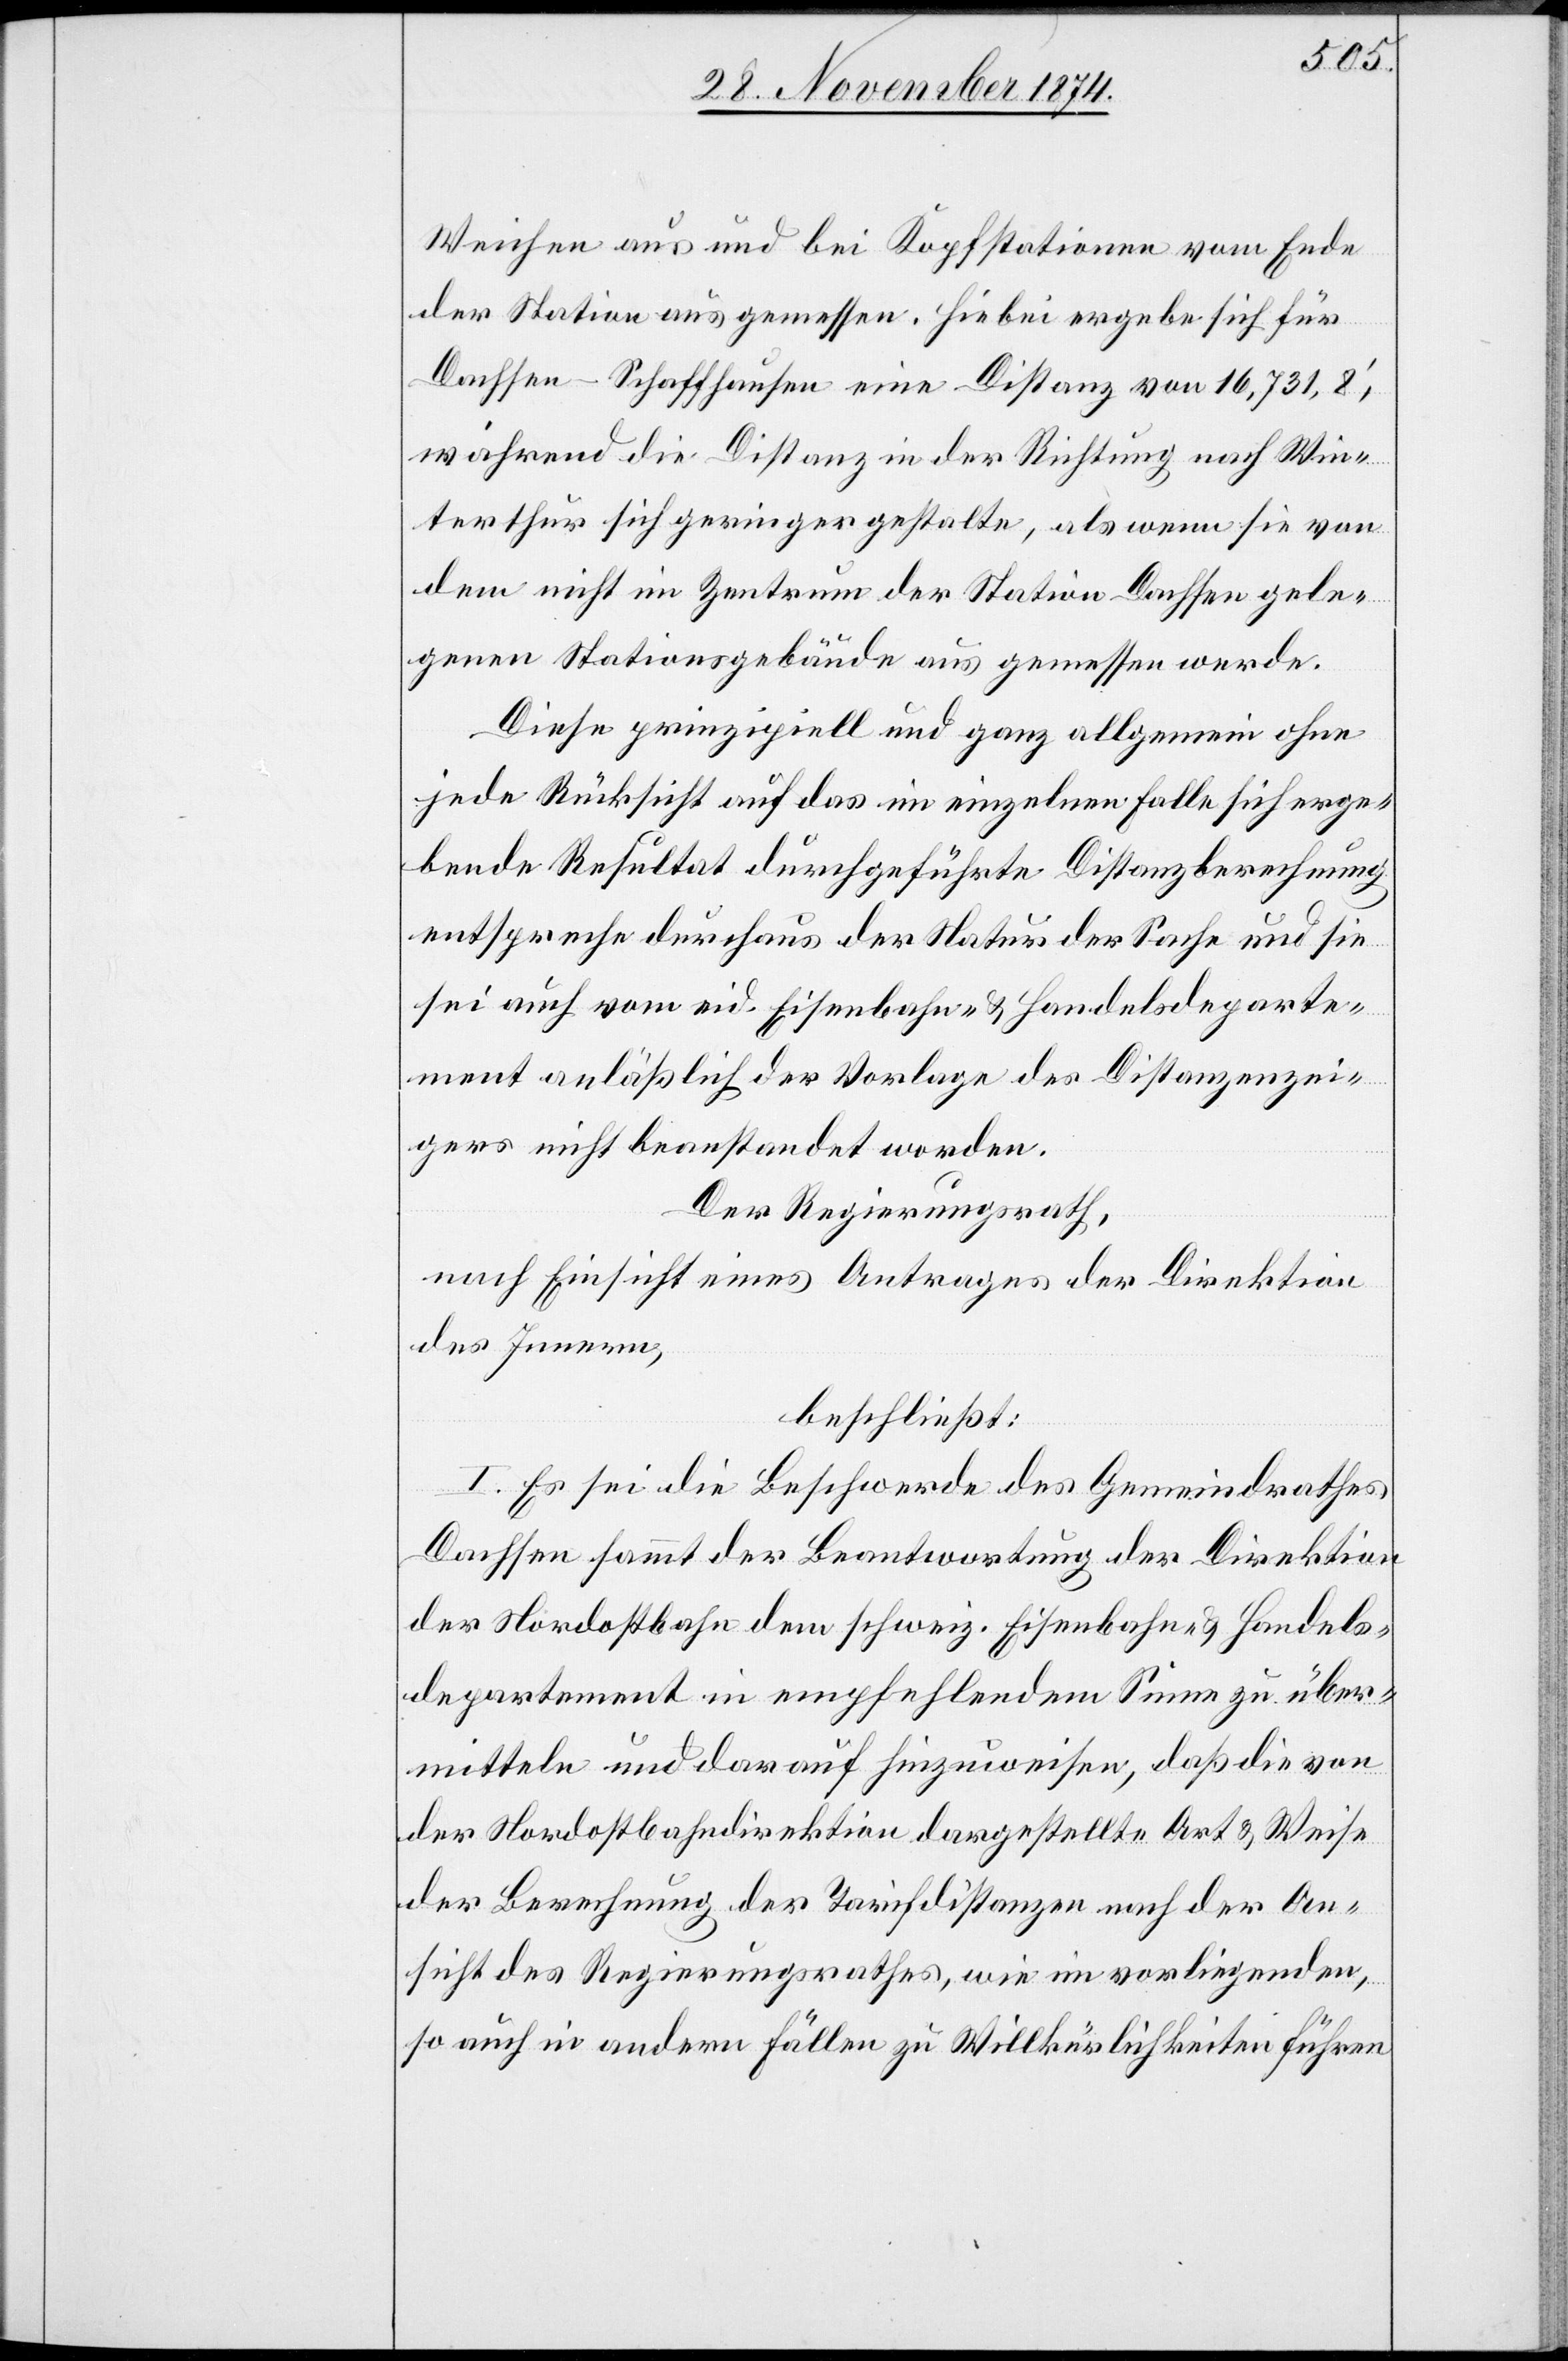
Weichen aus und bei Kopfstationen vom Ende
der Station aus gemessen. Hiebei ergebe sich für
Dachsen–Schaffhausen eine Distanz von 16,731,8‘,
während die Distanz in der Richtung nach Win¬
terthur sich geringer gestalte, als wenn sie von
dem nicht im Zentrum der Station Dachsen gele¬
genen Stationsgebäude aus gemessen werde.
Diese prinzipiell und ganz allgemein ohne
jede Rücksicht auf das im einzelnen Falle sich erge¬
bende Resultat durchgeführte Distanzberechnung
entspreche durchaus der Natur der Sache und sie
sei auch vom eid. Eisenbahn- & Handelsdeparte¬
ment anläßlich der Vorlage des Distanzenzei¬
gers nicht beanstandet worden.
Der Regierungsrath,
nach Einsicht eines Antrages der Direktion
des Innern,
beschließt:
I. Es sei die Beschwerde des Gemeindrathes
Dachsen sammt der Beantwortung der Direktion
der Nordostbahn dem schweiz. Eisenbahn- & Handels¬
departement in empfehlendem Sinne zu über¬
mitteln und darauf hinzuweisen; daß die von
der Nordostbahndirektion dargestellte Art & Weise
der Berechnung der Tarifdistanzen nach der An¬
sicht des Regierungsrathes, wie im vorliegenden,
so auch in andern Fällen zu Willkürlichkeiten führen